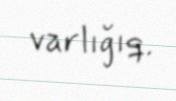
varlığıq.